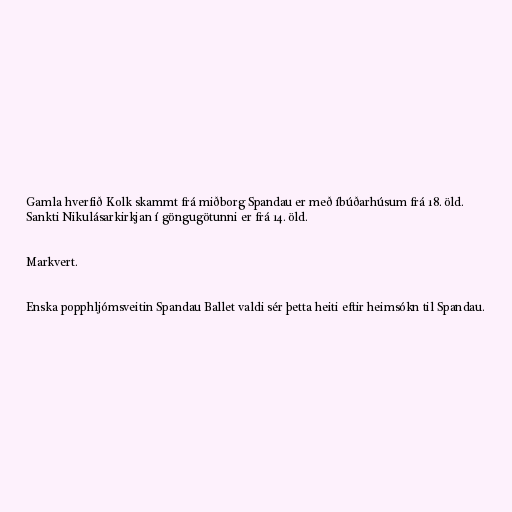
Gamla hverfið Kolk skammt frá miðborg Spandau er með íbúðarhúsum frá 18. öld.
Sankti Nikulásarkirkjan í göngugötunni er frá 14. öld.

Markvert.

Enska popphljómsveitin Spandau Ballet valdi sér þetta heiti eftir heimsókn til Spandau.